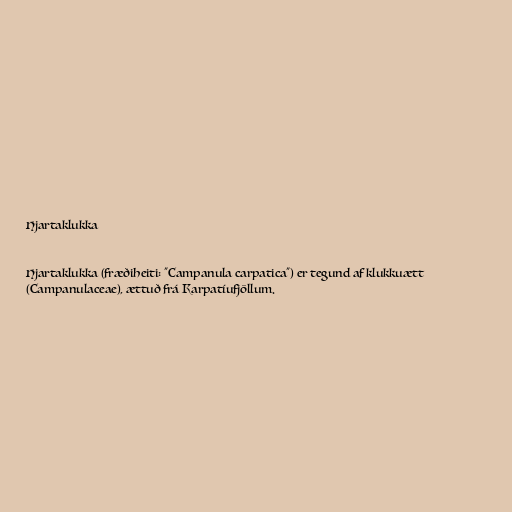
Hjartaklukka

Hjartaklukka (fræðiheiti: "Campanula carpatica") er tegund af klukkuætt
(Campanulaceae), ættuð frá Karpatíufjöllum.